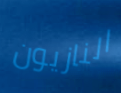
النازيون